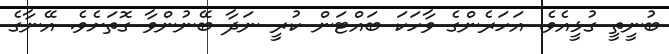
ބުނީތީ ގުޅީއެވެ. އަހަރެންގެ ވާހަކަ ބައްޓަން ކުރީ ނަދާ ބޭނުންވާ ގޮތަށެވެ. އޭނާގެ